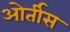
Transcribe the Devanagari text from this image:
ओर्तीस